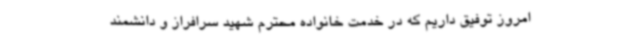
امروز توفیق داریم که در خدمت خانواده محترم شهید سرافراز و دانشمند